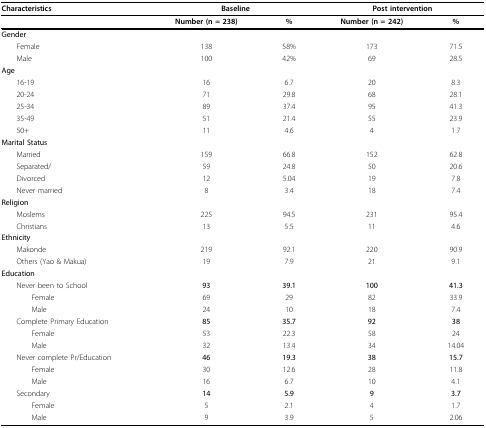
| Characteristics | <COLSPAN=2> Baseline | <COLSPAN=2> Post intervention |
 | --- | --- | --- | --- | --- |
 |  | Number (n = 238) | % | Number (n = 242) | % |
 | Gender |  |  |  |  |
 | Female | 138 | 58% | 173 | 71.5 |
 | Male | 100 | 42% | 69 | 28.5 |
 | Age |  |  |  |  |
 | 16-19 | 16 | 6.7 | 20 | 8.3 |
 | 20-24 | 71 | 29.8 | 68 | 28.1 |
 | 25-34 | 89 | 37.4 | 95 | 41.3 |
 | 35-49 | 51 | 21.4 | 55 | 23.9 |
 | 50+ | 11 | 4.6 | 4 | 1.7 |
 | Marital Status |  |  |  |  |
 | Married | 159 | 66.8 | 152 | 62.8 |
 | Separated/ | 59 | 24.8 | 50 | 20.6 |
 | Divorced | 12 | 5.04 | 19 | 7.8 |
 | Never married | 8 | 3.4 | 18 | 7.4 |
 | Religion |  |  |  |  |
 | Moslems | 225 | 94.5 | 231 | 95.4 |
 | Christians | 13 | 5.5 | 11 | 4.6 |
 | Ethnicity |  |  |  |  |
 | Makonde | 219 | 92.1 | 220 | 90.9 |
 | Others (Yao & Makua) | 19 | 7.9 | 21 | 9.1 |
 | Education |  |  |  |  |
 | Never been to School | 93 | 39.1 | 100 | 41.3 |
 | Female | 69 | 29 | 82 | 33.9 |
 | Male | 24 | 10 | 18 | 7.4 |
 | Complete Primary Education | 85 | 35.7 | 92 | 38 |
 | Female | 53 | 22.3 | 58 | 24 |
 | Male | 32 | 13.4 | 34 | 14.04 |
 | Never complete Pr/Education | 46 | 19.3 | 38 | 15.7 |
 | Female | 30 | 12.6 | 28 | 11.8 |
 | Male | 16 | 6.7 | 10 | 4.1 |
 | Secondary | 14 | 5.9 | 9 | 3.7 |
 | Female | 5 | 2.1 | 4 | 1.7 |
 | Male | 9 | 3.9 | 5 | 2.06 |